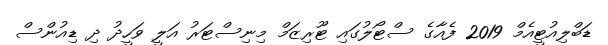
ޑަބްލިއުޓީއެމް 2019 ފެއާގެ ސްޓޯލުގައި ޓޫރިޒަމް މިނިސްޓަރު އަލީ ވަހީދު ދި ޑިއުންސް